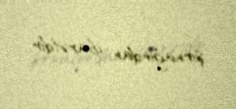
şırnağından ibarətdir.